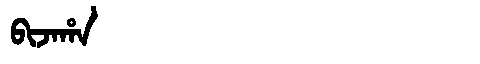
Manchu: ᠪᡳᠵᠠᡥᠠ
Romanization: BIJAHA